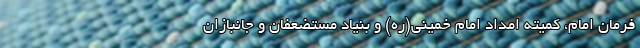
فرمان امام، کمیته امداد امام خمینی(ره) و بنیاد مستضعفان و جانبازان